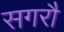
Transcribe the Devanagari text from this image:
सगरौ